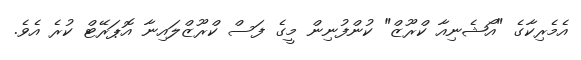
އެމެރިކާގެ "އޯޝެނިއާ ކްރޫޒް" ކުންފުނިން މީގެ ފަސް ކްރޫޒްލައިނާ އޮޕަރޭޓް ކުރެ އެވެ.